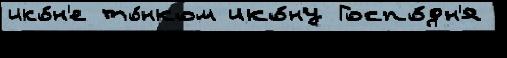
ико́н'е то́нком ико́ну Госпо́дн'я